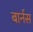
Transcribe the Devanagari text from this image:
बार्नस